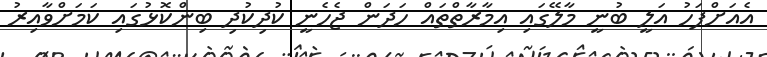
އެއަށްފަހު އަލީ ބުނީ މާލޭގައި އިމާރާތްތައް ހަދަން ޖެހެނީ ކުދިކުދި ބިންކޮޅުގައި ކަމަށްވާއިރު